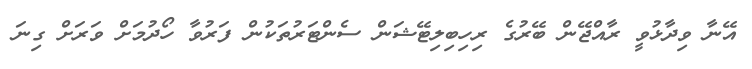
އޭނާ ވިދާޅުވީ ރާއްޖޭން ބޭރުގެ ރިހިބިލިޓޭޝަން ސެންޓަރުތަކުން ފަރުވާ ހޯދުމަށް ވަރަށް ގިނަ